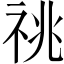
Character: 祧